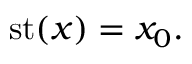
\, \mathrm { s t } ( x ) = x _ { 0 } .